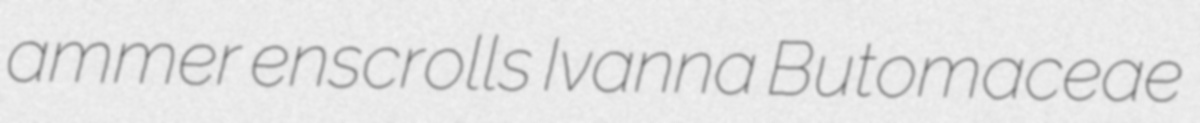
ammer enscrolls Ivanna Butomaceae